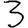
Digit: 3